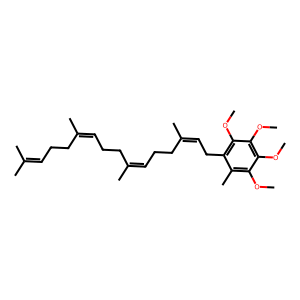
SMILES: COc1c(C)c(CC=C(C)CCC=C(C)CCC=C(C)CCC=C(C)C)c(OC)c(OC)c1OC
Inhibits HIV replication: No